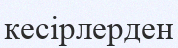
кесірлерден